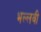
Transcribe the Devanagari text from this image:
भल्लवी